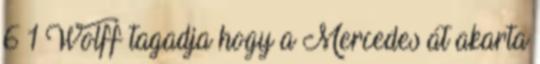
6 1 Wolff tagadja hogy a Mercedes át akarta